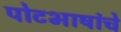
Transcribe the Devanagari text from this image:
पोटभाषांचे